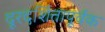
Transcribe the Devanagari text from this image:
दूरदर्शितापूर्वक